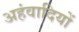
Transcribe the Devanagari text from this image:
अहंवादियों